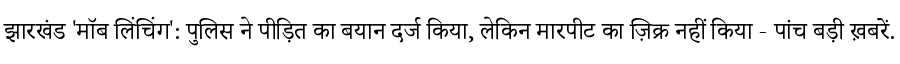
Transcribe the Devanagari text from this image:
झारखंड 'मॉब लिंचिंग': पुलिस ने पीड़ित का बयान दर्ज किया, लेकिन मारपीट का ज़िक्र नहीं किया - पांच बड़ी ख़बरें.